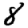
Digit: 8